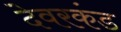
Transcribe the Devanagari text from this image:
देवरकंंड